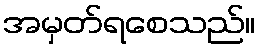
အမှတ်ရစေသည်။